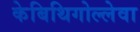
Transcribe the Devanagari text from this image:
केबिथिगोल्लेवा